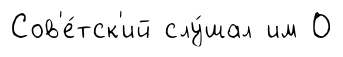
Сов'е́тск'ий слу́шал им О